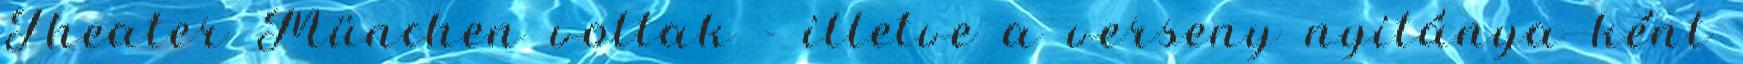
Theater München voltak - illetve a verseny nyitánya ként